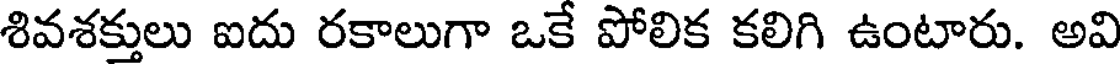
శివశక్తులు ఐదు రకాలుగా ఒకే పోలిక కలిగి ఉంటారు. అవి